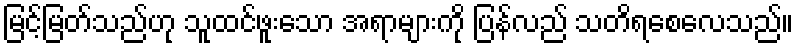
မြင့်မြတ်သည်ဟု သူထင်ဖူးသော အရာများကို ပြန်လည် သတိရစေလေသည်။